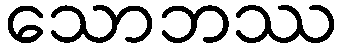
သောဘဿ